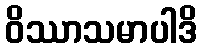
ဝိဿာသမာပါဒိ